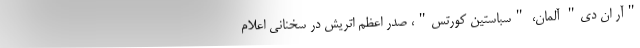
"آر ان دی" آلمان، "سباستین کورتس"، صدر اعظم اتریش در سخنانی اعلام